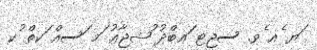
ަޔ ެއ ެވ. ސޖޓ ަޢބްދު ުޝޖާޢު ަމ ަސއް ަކތް ުކ